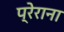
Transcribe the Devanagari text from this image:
प्रेराना